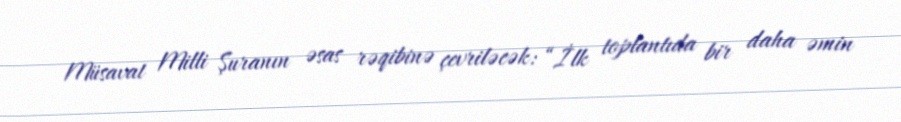
Müsavat Milli Şuranın əsas rəqibinə çevriləcək: “İlk toplantıda bir daha əmin